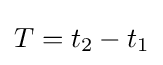
T=t_{2}-t_{1}